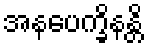
အနပေက္ခိနန္တိ